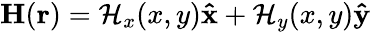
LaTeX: \mathbf{H}(\mathbf{r})=\mathcal{H}_{x}(x,y)\mathbf{\hat{x}}+\mathcal{H}_{y}(x,y)\mathbf{\hat{y}}